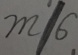
m / 6